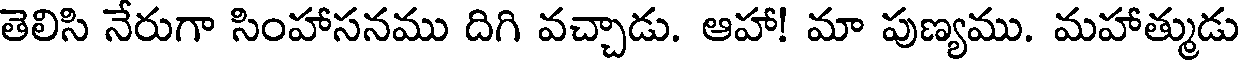
తెలిసి నేరుగా సింహాసనము దిగి వచ్చాడు. ఆహా! మా పుణ్యము. మహాత్ముడు